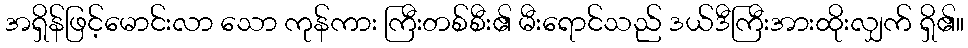
အရှိန်ဖြင့်မောင်းလာ သော ကုန်ကား ကြီးတစ်စီး၏ မီးရောင်သည် ဒယ်ဒီကြီးအားထိုးလျှက် ရှိ၏။